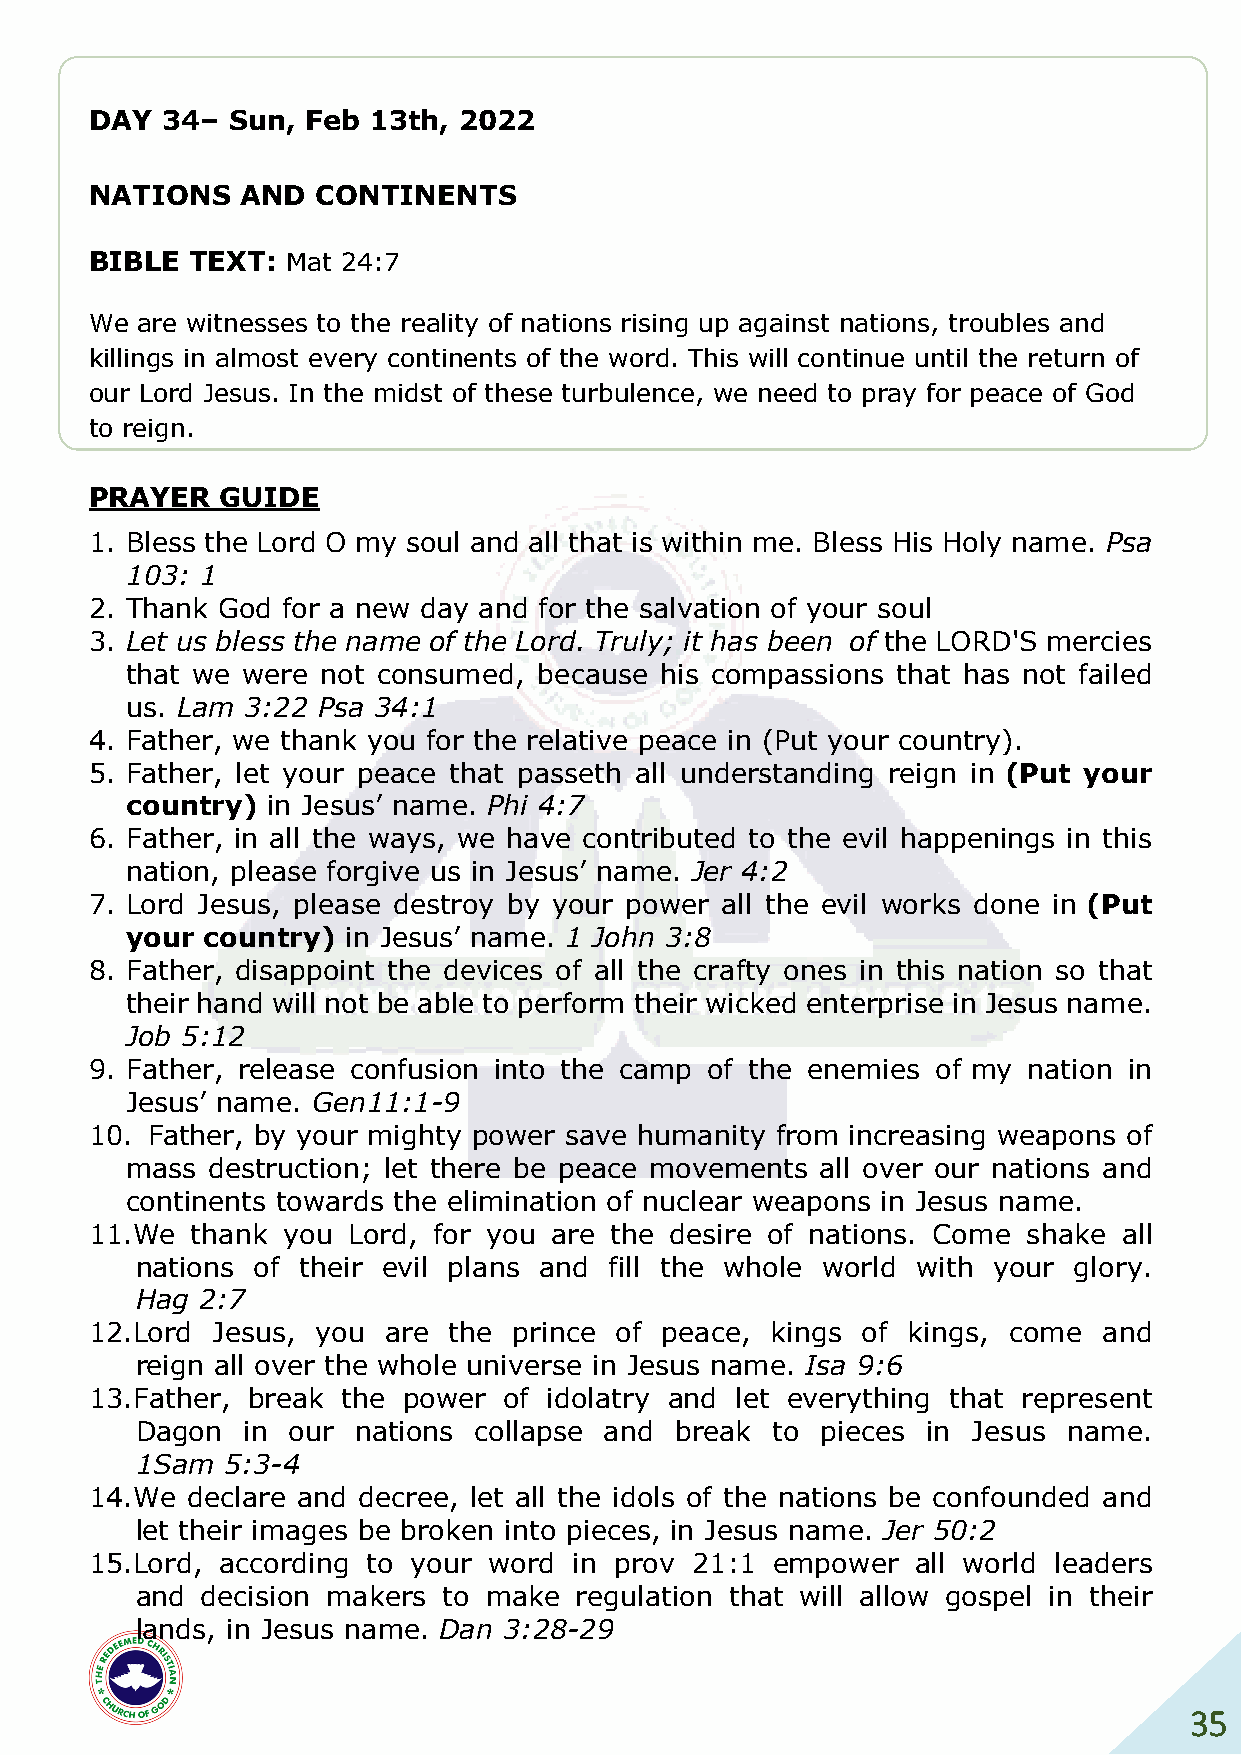
DAY  34– Sun, Feb 13th, 2022
 NATIONS   AND  CONTINENTS
 BIBLE  TEXT: Mat 24:7
 We are witnesses to the reality of nations rising up against nations, troubles and
 killings in almost every continents of the word. This will continue until the return of
 our Lord Jesus. In the midst of these turbulence, we need to pray for peace of God
 to reign.
 PRAYER   GUIDE
 1. Bless the Lord O my soul and all that is within me. Bless His Holy name. Psa
 103: 1
 2. Thank God for a new day and for the salvation of your soul
 3. Let us bless the name of the Lord. Truly; it has been of the LORD'S mercies
 that we were not consumed,  because his compassions that has not failed
 us. Lam 3:22 Psa 34:1
 4. Father, we thank you for the relative peace in (Put your country).
 5. Father, let your peace that passeth all understanding reign in (Put your
 country)  in Jesus’ name. Phi 4:7
 6. Father, in all the ways, we have contributed to the evil happenings in this
 nation, please forgive us in Jesus’ name. Jer 4:2
 7. Lord Jesus, please destroy by your power all the evil works done in (Put
 your  country) in Jesus’ name. 1 John 3:8
 8. Father, disappoint the devices of all the crafty ones in this nation so that
 their hand will not be able to perform their wicked enterprise in Jesus name.
 Job 5:12
 9. Father, release confusion into the camp of the enemies of my nation in
 Jesus’ name. Gen11:1-9
 10. Father, by your mighty power save humanity from increasing weapons of
 mass  destruction; let there be peace movements all over our nations and
 continents towards the elimination of nuclear weapons in Jesus name.
 11. We thank you Lord, for you are the desire of nations. Come shake all
 nations of their evil plans and fill the whole world with your glory.
 Hag 2:7
 12. Lord Jesus, you are the prince of peace, kings of kings, come  and
 reign all over the whole universe in Jesus name. Isa 9:6
 13. Father, break the power of idolatry and let everything that represent
 Dagon  in our nations collapse and  break to pieces in Jesus  name.
 1Sam  5:3-4
 14. We declare and decree, let all the idols of the nations be confounded and
 let their images be broken into pieces, in Jesus name. Jer 50:2
 15. Lord, according to your word in prov 21:1 empower  all world leaders
 and decision makers to make  regulation that will allow gospel in their
 lands, in Jesus name. Dan 3:28-29
 35